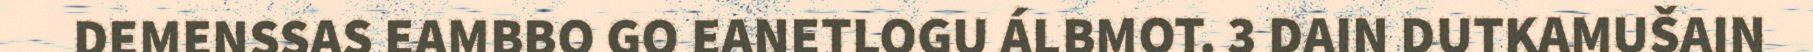
DEMENSSAS EAMBBO GO EANETLOGU ÁLBMOT. 3 DAIN DUTKAMUŠAIN